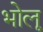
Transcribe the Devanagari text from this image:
भोलू